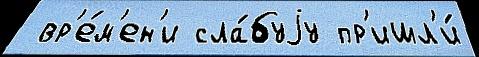
 вр'е́м'ен'и сла́буjу пр'ишл'и́